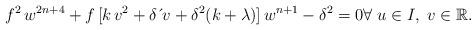
LaTeX: \begin{align*}f^{2}\,w^{2n+4}+f\,[k\,v^{2}+\delta \,\acute{}\,v+\delta^{2}(k+\lambda)]\,w^{n+1}-\delta^{2}=0\forall \;u\in I,\;v\in\mathbb{R}. \end{align*}